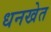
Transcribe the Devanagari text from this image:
धनखेत